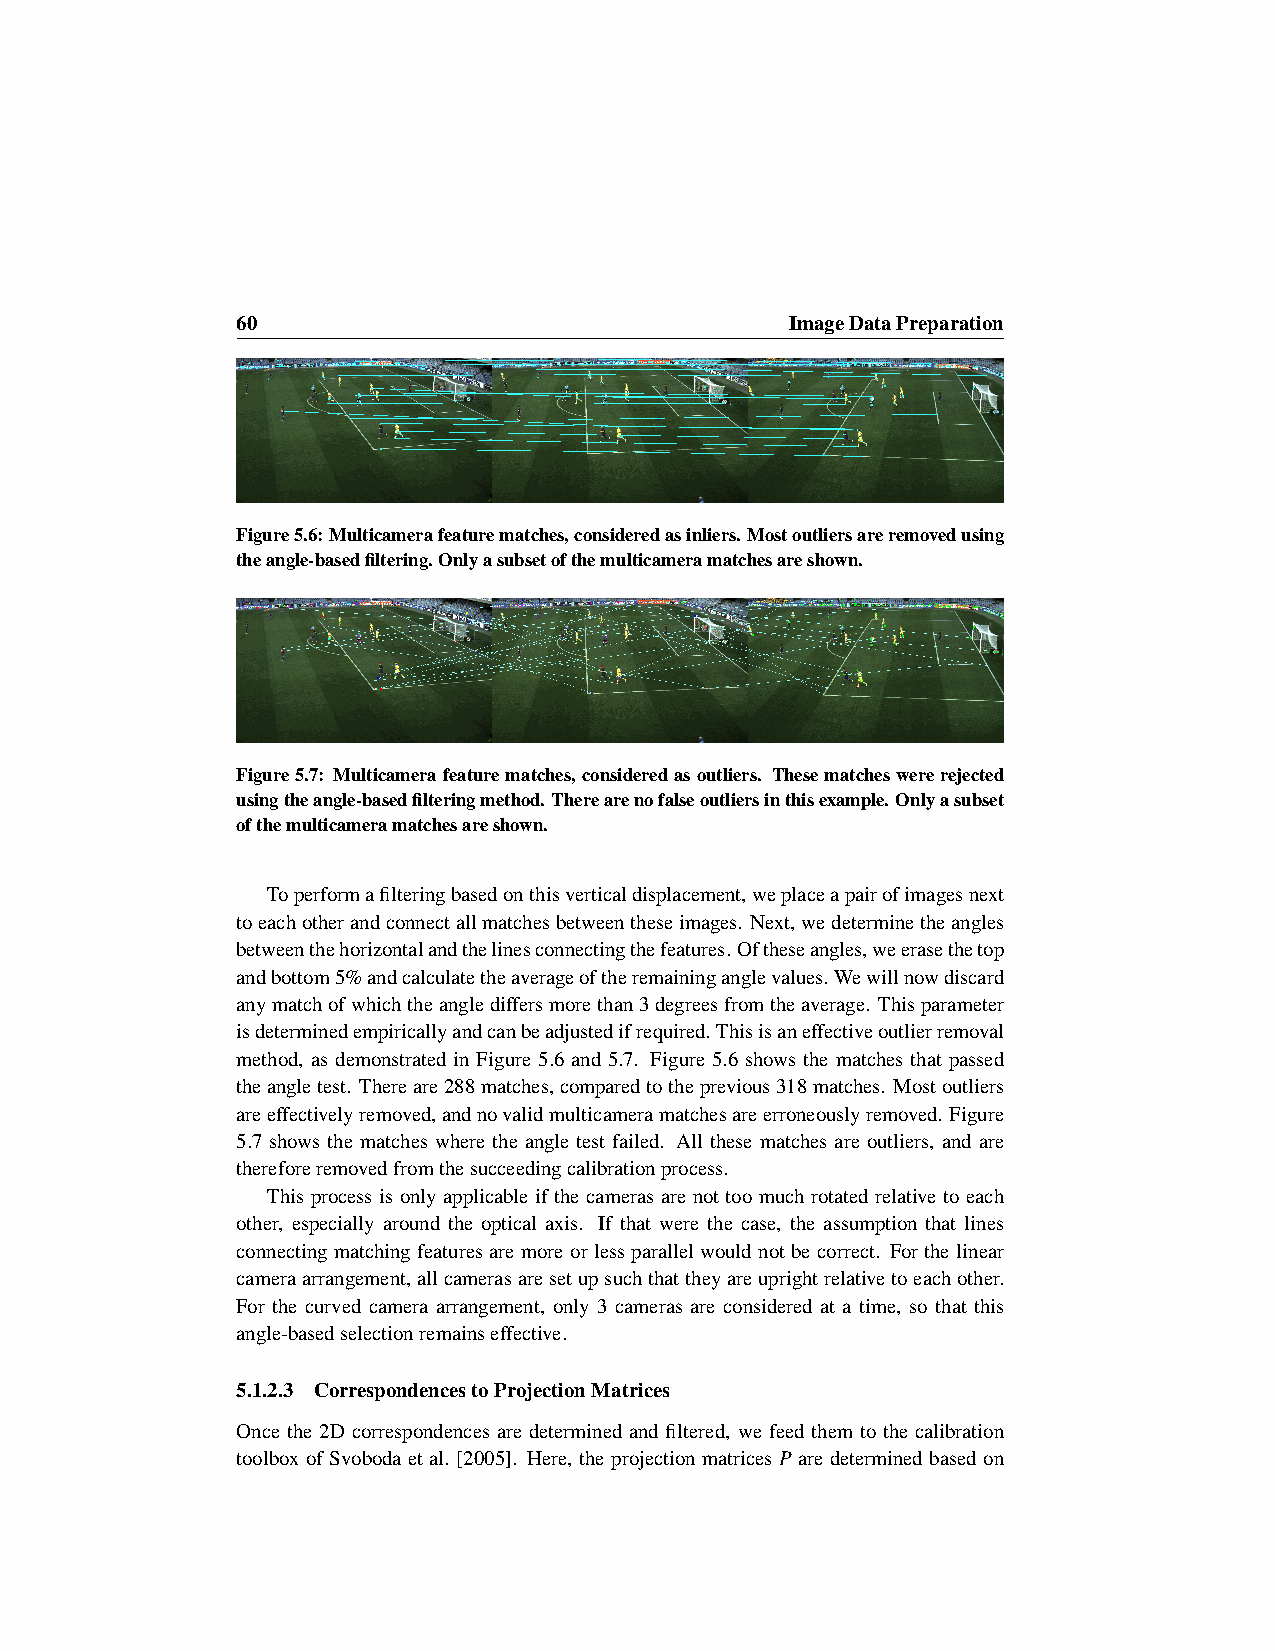
60                                  ImageDataPreparation
 Figure5.6:Multicamerafeaturematches,consideredasinliers.Mostoutliersareremovedusing
 theangle-basedfiltering.Onlyasubsetofthemulticameramatchesareshown.
 Figure5.7: Multicamerafeaturematches, consideredasoutliers. Thesematcheswererejected
 usingtheangle-basedfilteringmethod.Therearenofalseoutliersinthisexample.Onlyasubset
 ofthemulticameramatchesareshown.
 Toperformafilteringbasedonthisverticaldisplacement,weplaceapairofimagesnext
 toeachotherandconnectallmatchesbetweentheseimages. Next,wedeterminetheangles
 betweenthehorizontalandthelinesconnectingthefeatures.Oftheseangles,weerasethetop
 andbottom5%andcalculatetheaverageoftheremaininganglevalues. Wewillnowdiscard
 anymatchofwhichtheanglediffersmorethan3degreesfromtheaverage. Thisparameter
 isdeterminedempiricallyandcanbeadjustedifrequired. Thisisaneffectiveoutlierremoval
 method, as demonstrated in Figure 5.6 and 5.7. Figure 5.6 shows the matches that passed
 theangletest. Thereare288matches,comparedtotheprevious318matches. Mostoutliers
 areeffectivelyremoved,andnovalidmulticameramatchesareerroneouslyremoved. Figure
 5.7 shows the matches where the angle test failed. All these matches are outliers, and are
 thereforeremovedfromthesucceedingcalibrationprocess.
 This process is only applicable if the cameras are not too much rotated relative to each
 other, especially around the optical axis. If that were the case, the assumption that lines
 connecting matching features are more or less parallel would not be correct. For the linear
 cameraarrangement,allcamerasaresetupsuchthattheyareuprightrelativetoeachother.
 For the curved camera arrangement, only 3 cameras are considered at a time, so that this
 angle-basedselectionremainseffective.
 5.1.2.3 CorrespondencestoProjectionMatrices
 Once the 2D correspondences are determined and filtered, we feed them to the calibration
 toolbox of Svoboda et al. [2005]. Here, the projection matrices P are determined based on